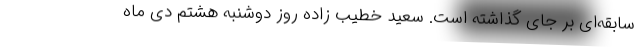
‌سابقه‌ای بر جای گذاشته است. سعید خطیب زاده روز دوشنبه هشتم دی ماه